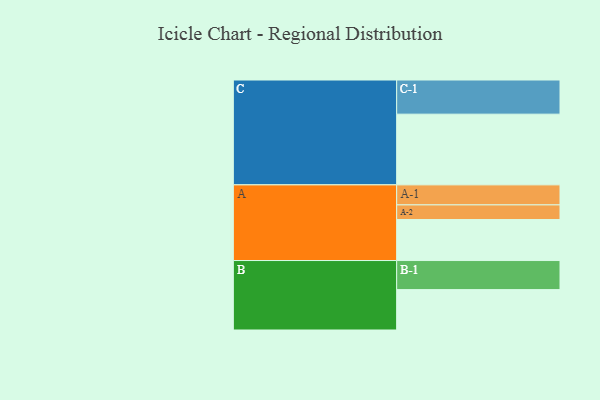
{"axis": {"x": "Segment", "y": "Value"}, "legend": ["", "A", "B", "C"], "data": [{"x": "A", "y": 330, "type": ""}, {"x": "B", "y": 325, "type": ""}, {"x": "C", "y": 569, "type": ""}, {"x": "A-1", "y": 161, "type": "A"}, {"x": "A-2", "y": 118, "type": "A"}, {"x": "B-1", "y": 234, "type": "B"}, {"x": "C-1", "y": 275, "type": "C"}]}